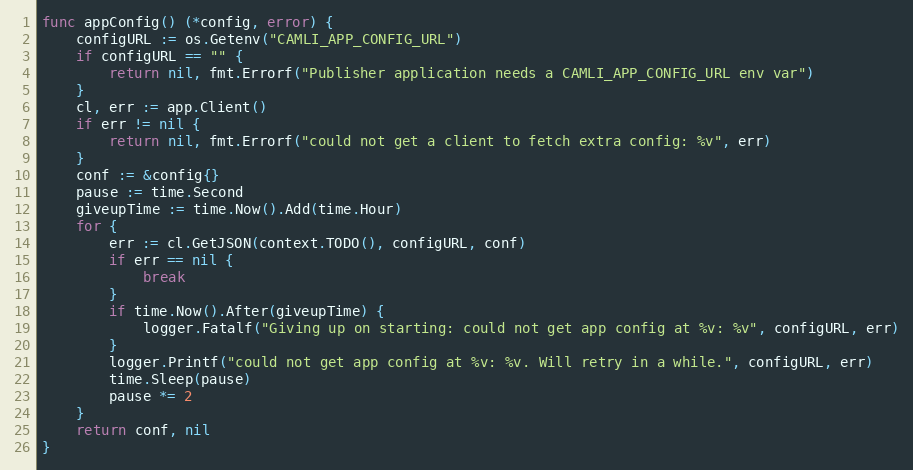
Language: Go
func appConfig() (*config, error) {
	configURL := os.Getenv("CAMLI_APP_CONFIG_URL")
	if configURL == "" {
		return nil, fmt.Errorf("Publisher application needs a CAMLI_APP_CONFIG_URL env var")
	}
	cl, err := app.Client()
	if err != nil {
		return nil, fmt.Errorf("could not get a client to fetch extra config: %v", err)
	}
	conf := &config{}
	pause := time.Second
	giveupTime := time.Now().Add(time.Hour)
	for {
		err := cl.GetJSON(context.TODO(), configURL, conf)
		if err == nil {
			break
		}
		if time.Now().After(giveupTime) {
			logger.Fatalf("Giving up on starting: could not get app config at %v: %v", configURL, err)
		}
		logger.Printf("could not get app config at %v: %v. Will retry in a while.", configURL, err)
		time.Sleep(pause)
		pause *= 2
	}
	return conf, nil
}